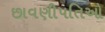
છાવણીપતિઓ